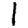
Digit: 1